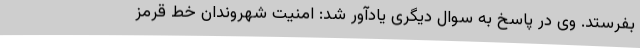
بفرستد. وی در پاسخ به سوال دیگری یادآور شد: امنیت شهروندان خط قرمز